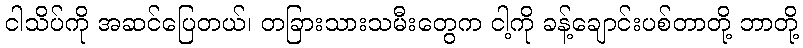
ငါသိပ်ကို အဆင်ပြေတယ်၊ တခြားသားသမီးတွေက ငါ့ကို ခန့်ချောင်းပစ်တာတို့ ဘာတို့